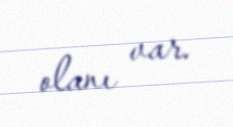
olanı var.